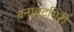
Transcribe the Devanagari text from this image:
बनावटगिरी